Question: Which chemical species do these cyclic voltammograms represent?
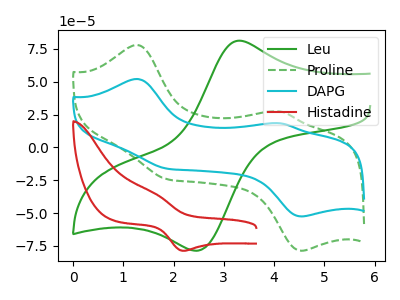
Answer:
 <answer>The green curve is labeled "Leu". The green dashed curve is labeled "Proline". The cyan curve is labeled "DAPG". The red curve is labeled "Histadine".</answer>
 <eval></eval>